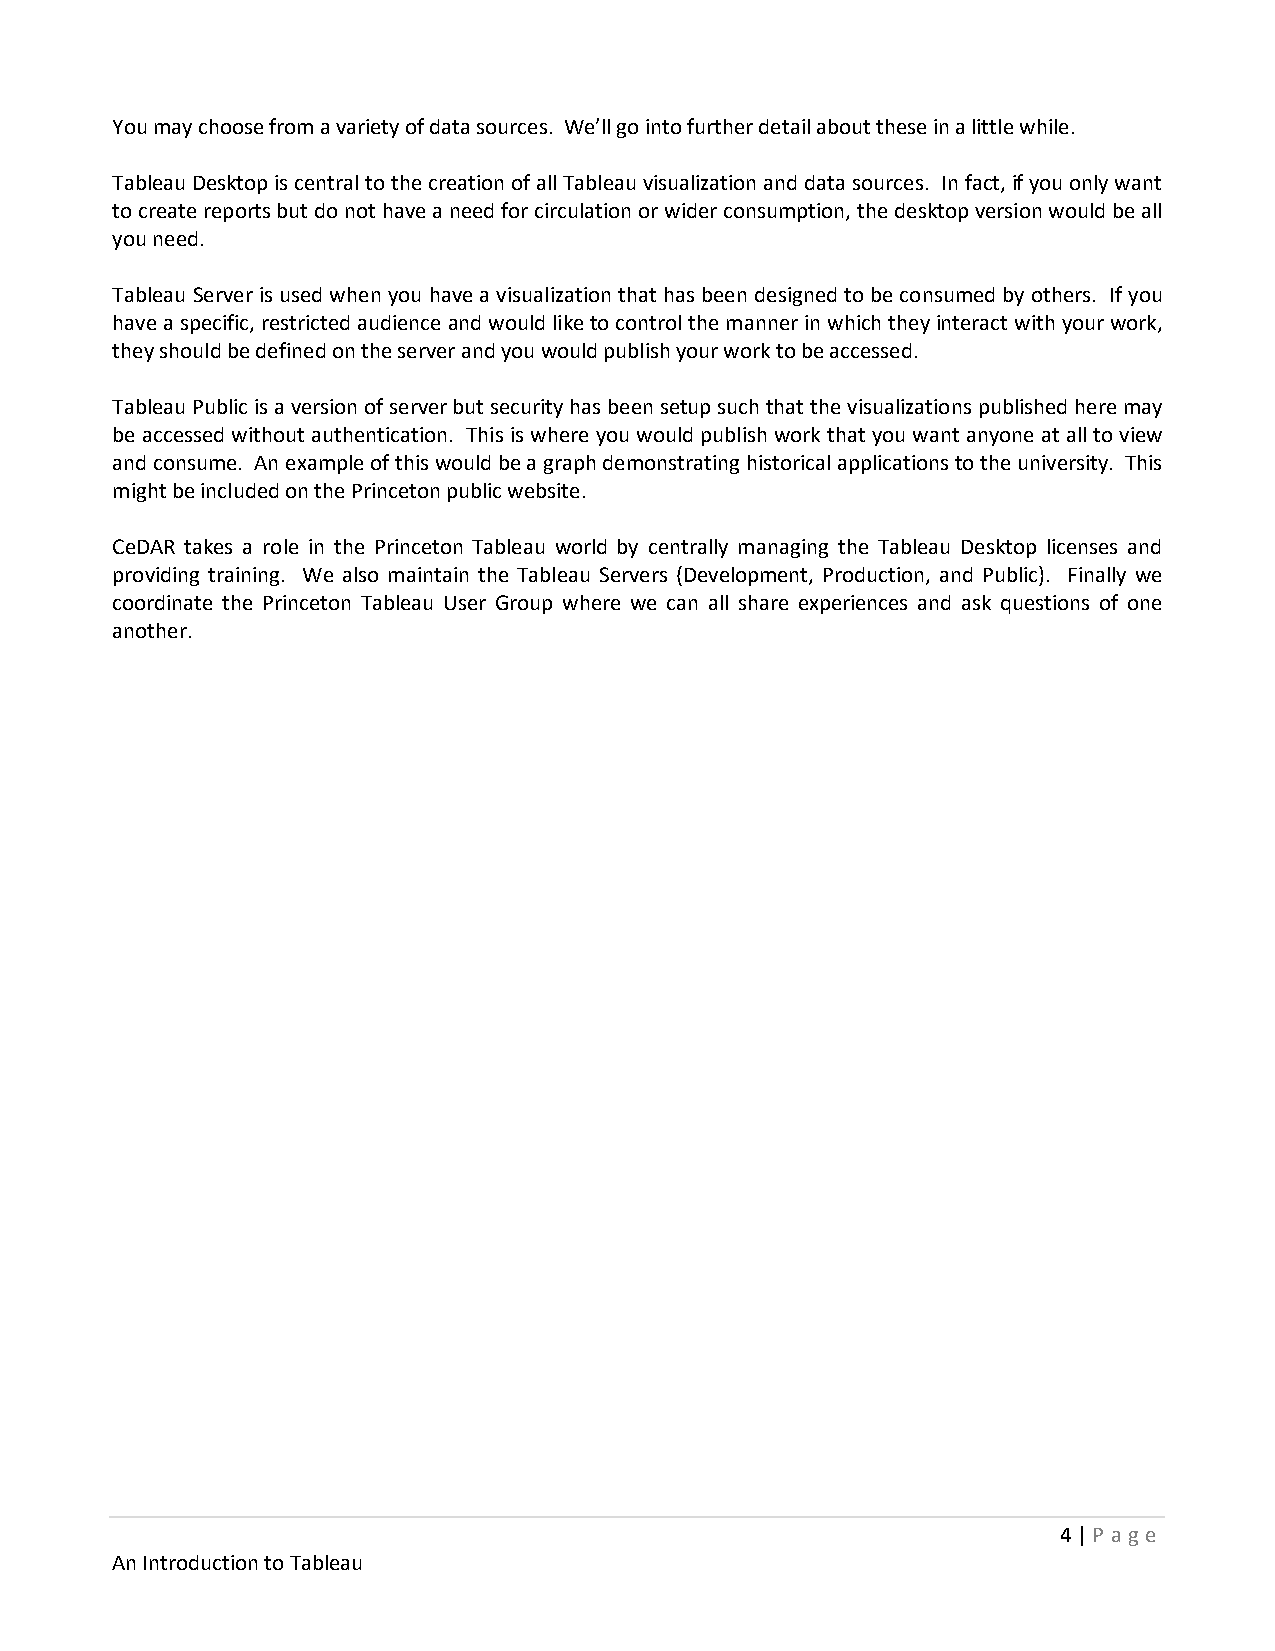
You may choose from a variety of data sources. We’ll go into further detail about these in a little while.
 Tableau Desktop is central to the creation of all Tableau visualization and data sources. In fact, if you only want
 to create reports but do not have a need for circulation or wider consumption, the desktop version would be all
 you need.
 Tableau Server is used when you have a visualization that has been designed to be consumed by others. If you
 have a specific, restricted audience and would like to control the manner in which they interact with your work,
 they should be defined on the server and you would publish your work to be accessed.
 Tableau Public is a version of server but security has been setup such that the visualizations published here may
 be accessed without authentication. This is where you would publish work that you want anyone at all to view
 and consume. An example of this would be a graph demonstrating historical applications to the university. This
 might be included on the Princeton public website.
 CeDAR takes a role in the Princeton Tableau world by centrally managing the Tableau Desktop licenses and
 providing training. We also maintain the Tableau Servers (Development, Production, and Public). Finally we
 coordinate the Princeton Tableau User Group where we can all share experiences and ask questions of one
 another.
 4 | P age
 An Introduction to Tableau